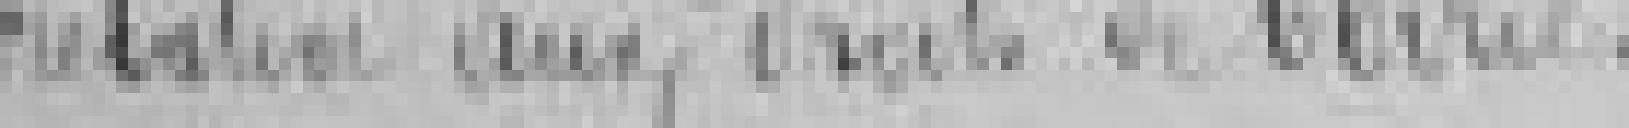
relative aux droits de voirie